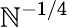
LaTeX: \mathbb{N}^{-1/4}